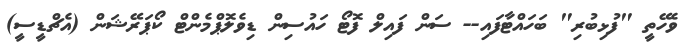
ވެހޭތީ "ފުޅިބުރި" ބަހައްޓާފައި-- ސަން ފައިލް ފޮޓޯ ހައުސިން ޑިވެލޮޕްމެންޓް ކޯޕަރޭޝަން (އެޗްޑީސީ)